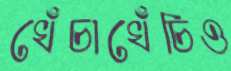
খেঁচাখেঁচিও